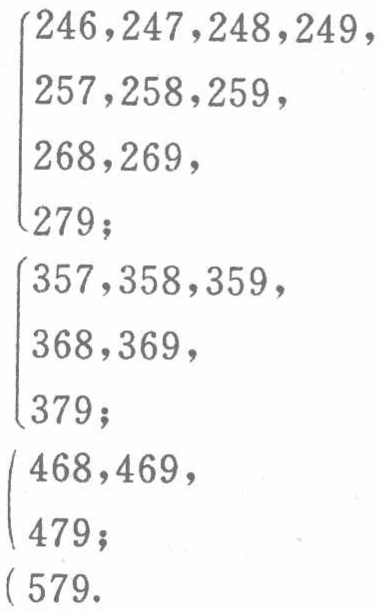
\[
\begin{cases}
246,247,248,249,\\
257,258,259,\\
268,269,\\
279;\\
\end{cases}
\]
\[
\begin{cases}
357,358,359,\\
368,369,\\
379;\\
\end{cases}
\]
\[
\begin{cases}
468,469,\\
479;\\
\end{cases}
\]
\[
\begin{cases}
579.
\end{cases}
\]